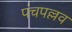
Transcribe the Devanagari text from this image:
पंचपल्लव